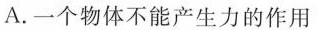
A.一个物体不能产生力的作用